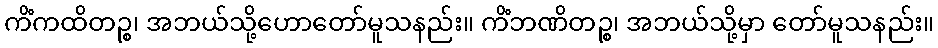
ကိံကထိတဉ္စ၊ အဘယ်သို့ဟောတော်မူသနည်း။ ကိံဘဏိတဉ္စ၊ အဘယ်သို့မှာ တော်မူသနည်း။